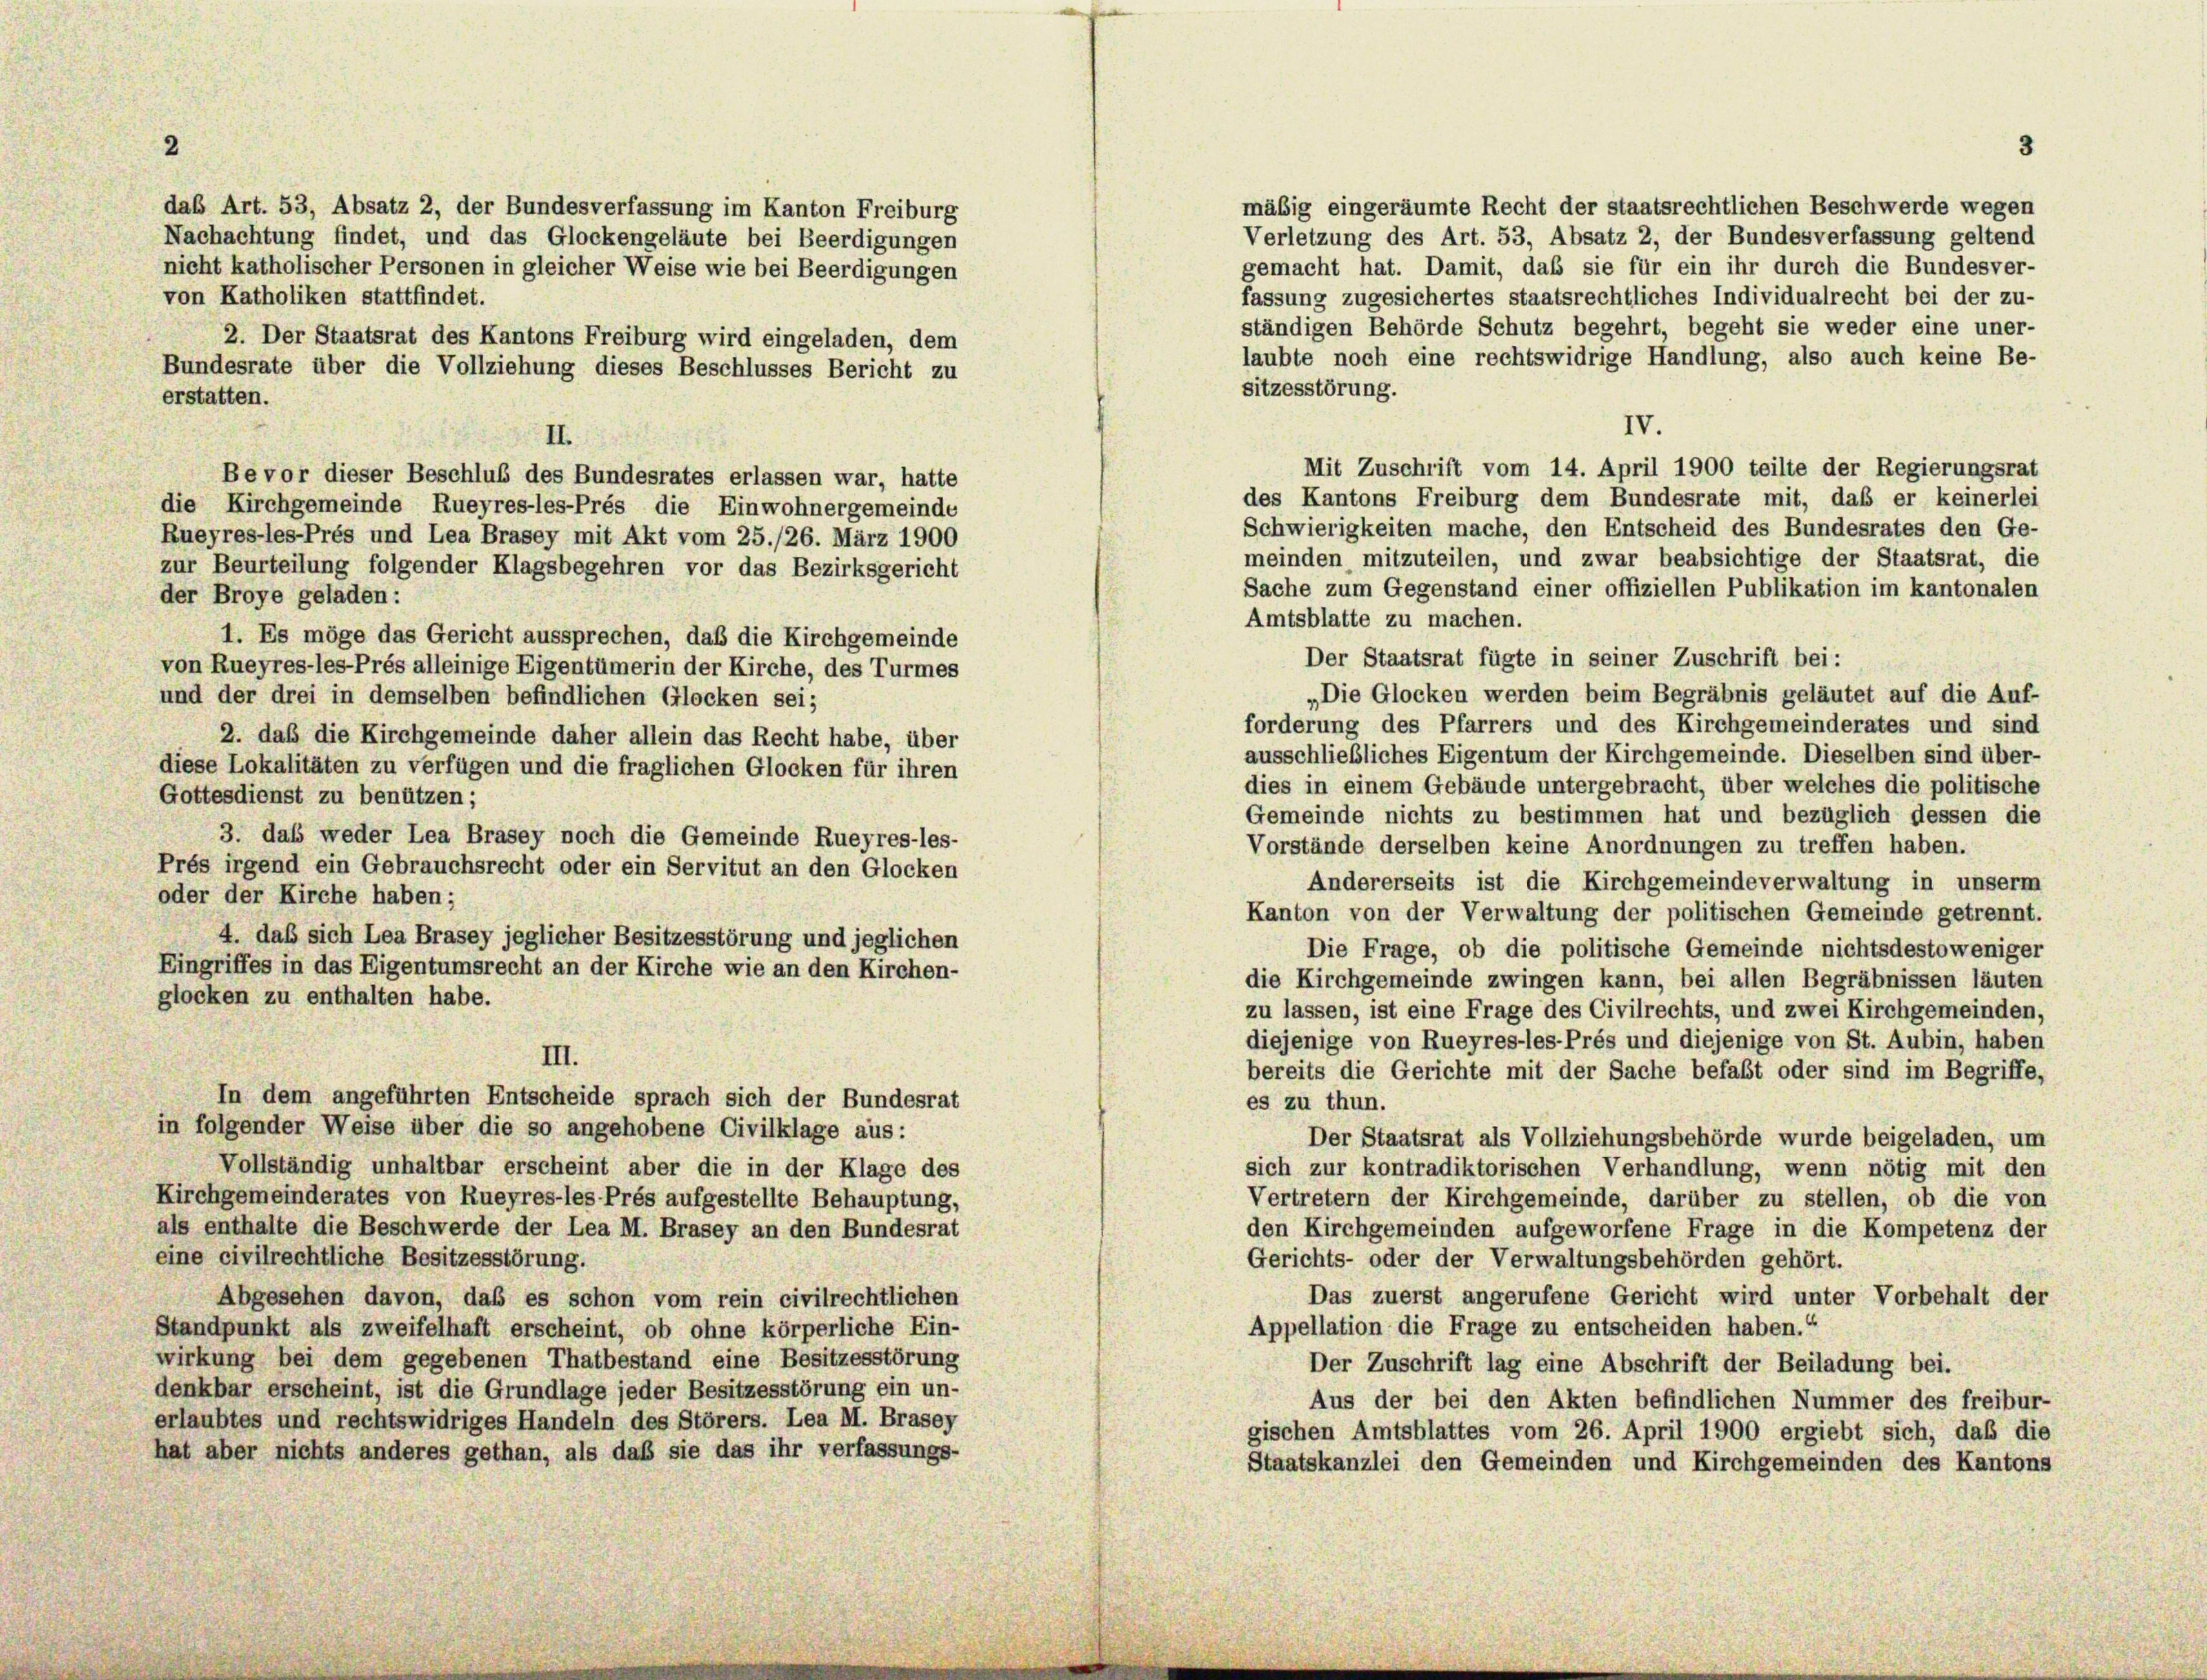
das Art. 53, Absatz 2, der Bundesverfassung im Kanton Freiburg
Nachachtung findet, und das Glockengeläute bei Beerdigungen

mäßig eingeräumte Recht der staatsrechtlichen Beschwerde wegen
Verletzung des Art. 53, Absatz 2, der Bundesverfassung geltend
gemacht hat. Damit, daß sie für ein ihr durch die Bundesver-
nicht katholischer Personen in gleicher Weise wie bei Beerdigungen
fassung zugesichertes staatsrechtliches Individualrecht bei der zu-
von Katholiken stattfindet.
ständigen Behörde Schutz begehrt, begeht sie weder eine uner-
2. Der Staatsrat des Kantons Freiburg wird eingeladen, dem
laubte noch eine rechtswidrige Handlung, also auch keine Be-
Bundesrate über die Vollziehung dieses Beschlusses Bericht zu
sitzesstörung.
erstatten.
IV.
II.
Mit Zuschrift vom 14. April 1900 teilte der Regierungsrat
Bevor dieser Beschluß des Bundesrates erlassen war, hatte
des Kantons Freiburg dem Bundesrate mit, daß er keinerlei
die Kirchgemeinde Rueyres-les-Prés die Einwohnergemeinde
Schwierigkeiten mache, den Entscheid des Bundesrates den Ge-
Rueyres-les-Prés und Lea Brasey mit Akt vom 25./26. März 1900
meinden mitzuteilen, und zwar beabsichtige der Staatsrat, die
zur Beurteilung folgender Klagsbegehren vor das Bezirksgericht
Sache zum Gegenstand einer offiziellen Publikation im kantonalen
der Broye geladen:
Amtsblatte zu machen.
1. Es möge das Gericht aussprechen, daß die Kirchgemeinde
Der Staatsrat fügte in seiner Zuschrift bei:
von Rueyres-les-Prés alleinige Eigentümerin der Kirche, des Turmes
„Die Glocken werden beim Begräbnis geläutet auf die Auf-
und der drei in demselben befindlichen Glocken sei;
forderung des Pfarrers und des Kirchgemeinderates und sind
2. daß die Kirchgemeinde daher allein das Recht habe, über
ausschließliches Eigentum der Kirchgemeinde. Dieselben sind über-
diese Lokalitäten zu verfügen und die fraglichen Glocken für ihren
dies in einem Gebäude untergebracht, über welches die politische
Gottesdienst zu benützen;
Gemeinde nichts zu bestimmen hat und bezüglich dessen die
3. daß weder Lea Brasey noch die Gemeinde Rueyres-les-
Vorstände derselben keine Anordnungen zu treffen haben.
Prés irgend ein Gebrauchsrecht oder ein Servitut an den Glocken
Andererseits ist die Kirchgemeindeverwaltung in unserm
oder der Kirche haben;
Kanton von der Verwaltung der politischen Gemeinde getrennt.
4. daß sich Lea Brasey jeglicher Besitzesstörung und jeglichen
Die Frage, ob die politische Gemeinde nichtsdestoweniger
Eingriffes in das Eigentumsrecht an der Kirche wie an den Kirchen-
die Kirchgemeinde zwingen kann, bei allen Begräbnissen läuten
glocken zu enthalten habe.
zu lassen, ist eine Frage des Civilrechts, und zwei Kirchgemeinden,
diejenige von Rueyres-les-Prés und diejenige von St. Aubin, haben
III.
bereits die Gerichte mit der Sache befaßt oder sind im Begriffe,
In dem angeführten Entscheide sprach sich der Bundesrat
es zu thun.
in folgender Weise über die so angehobene Civilklage aus:
Der Staatsrat als Vollziehungsbehörde wurde beigeladen, um
Vollständig unhaltbar erscheint aber die in der Klage des
sich zur kontradiktorischen Verhandlung, wenn nötig mit den
Kirchgemeinderates von Rueyres-les Prés aufgestellte Behauptung,
Vertretern der Kirchgemeinde, darüber zu stellen, ob die von
als enthalte die Beschwerde der Lea M. Brasey an den Bundesrat
den Kirchgemeinden aufgeworfene Frage in die Kompetenz der
eine civilrechtliche Besitzesstörung.
Gerichts- oder der Verwaltungsbehörden gehört.
Das zuerst angerufene Gericht wird unter Vorbehalt der
Abgesehen davon, das es schon vom rein civilrechtlichen
Appellation die Frage zu entscheiden haben.“
Standpunkt als zweifelhaft erscheint, ob ohne körperliche Ein-
wirkung bei dem gegebenen Thatbestand eine Besitzesstörung
Der Zuschrift lag eine Abschrift der Beiladung bei.
denkbar erscheint, ist die Grundlage jeder Besitzesstörung ein un-
Aus der bei den Akten befindlichen Nummer des freibur-
erlaubtes und rechtswidriges Handeln des Störers. Lea M. Brasey
gischen Amtsblattes vom 26. April 1900 ergiebt sich, daß die
hat aber nichts anderes gethan, als das sie das ihr verfassungs-
Staatskanzlei den Gemeinden und Kirchgemeinden des Kantons